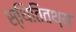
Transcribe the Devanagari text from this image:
स्थितितथ्य